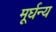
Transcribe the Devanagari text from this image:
मूर्घन्य